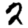
Digit: 2